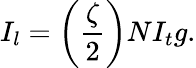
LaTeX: I_{l}=\left(\frac{\zeta}{2}\right)NI_{t}g.